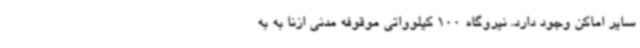
سایر اماکن وجود دارد. نیروگاه 100 کیلوواتی موقوفه مدنی ازنا به به